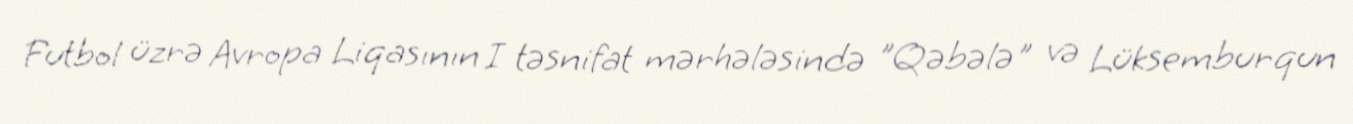
Futbol üzrə Avropa Liqasının I təsnifat mərhələsində "Qəbələ" və Lüksemburqun